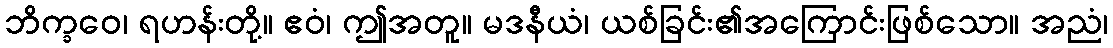
ဘိက္ခဝေ၊ ရဟန်းတို့။ ဧဝံ၊ ဤအတူ။ မဒနီယံ၊ ယစ်ခြင်း၏အကြောင်းဖြစ်သော။ အညံ၊